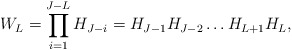
\begin{align*}W_L = \prod_{i=1}^{J-L} H_{J-i} = H_{J-1}H_{J-2}\ldots H_{L+1}H_L,\end{align*}